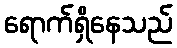
ရောက်ရှိနေသည်